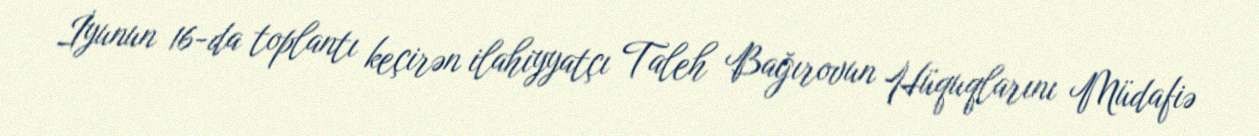
İyunun 16-da toplantı keçirən ilahiyyatçı Taleh Bağırovun Hüquqlarını Müdafiə